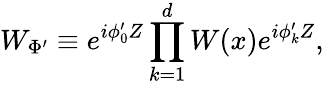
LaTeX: W_{\Phi^{\prime}}\equiv e^{i\phi_{0}^{\prime}Z}\prod_{k=1}^{d}W(x)e^{i\phi_{k}^{\prime}Z},